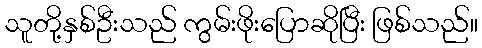
သူတို့နှစ်ဦးသည် ကွမ်းဖိုးပြောဆိုပြီး ဖြစ်သည်။